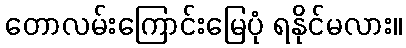
တောလမ်းကြောင်းမြေပုံ ရနိုင်မလား။